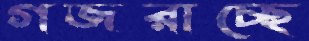
গজরাচ্ছে